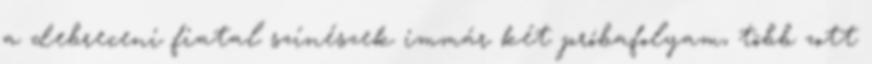
a debreceni fiatal színészek immár két próbafolyam, több zott